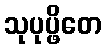
သုပုပ္ဖိတေ